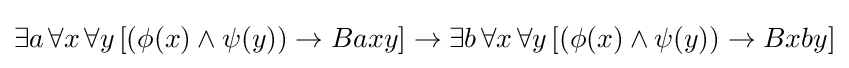
\exists a\,\forall x\,\forall y\,[(\phi (x)\land \psi (y))\rightarrow Baxy]\rightarrow \exists b\,\forall x\,\forall y\,[(\phi (x)\land \psi (y))\rightarrow Bxby]